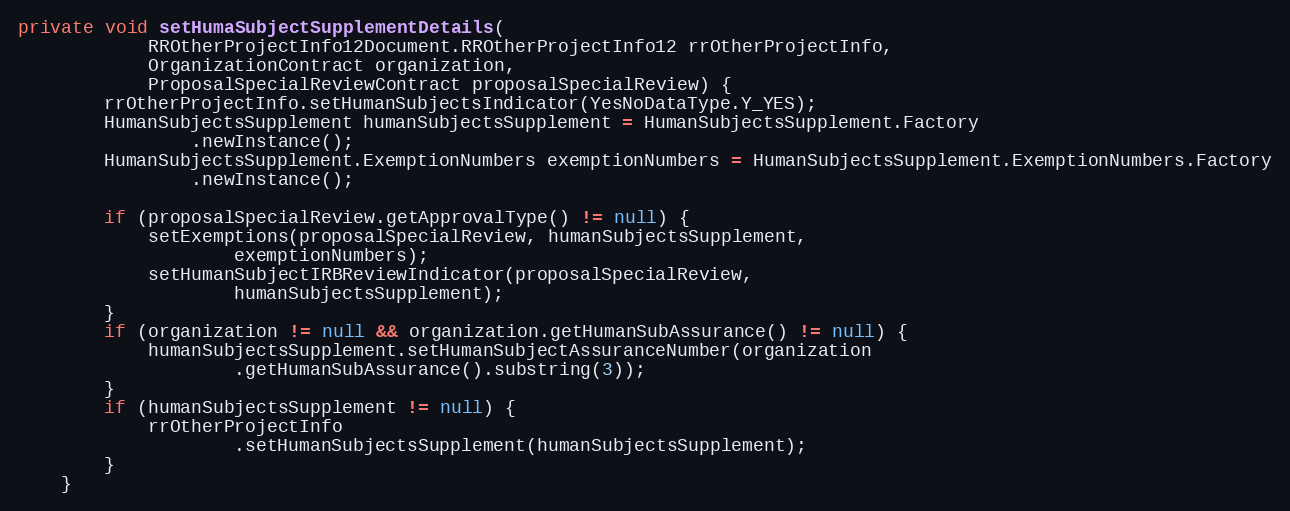
Language: Java
private void setHumaSubjectSupplementDetails(
			RROtherProjectInfo12Document.RROtherProjectInfo12 rrOtherProjectInfo,
			OrganizationContract organization,
			ProposalSpecialReviewContract proposalSpecialReview) {
		rrOtherProjectInfo.setHumanSubjectsIndicator(YesNoDataType.Y_YES);
		HumanSubjectsSupplement humanSubjectsSupplement = HumanSubjectsSupplement.Factory
				.newInstance();
		HumanSubjectsSupplement.ExemptionNumbers exemptionNumbers = HumanSubjectsSupplement.ExemptionNumbers.Factory
				.newInstance();

		if (proposalSpecialReview.getApprovalType() != null) {
			setExemptions(proposalSpecialReview, humanSubjectsSupplement,
					exemptionNumbers);
			setHumanSubjectIRBReviewIndicator(proposalSpecialReview,
					humanSubjectsSupplement);
		}
		if (organization != null && organization.getHumanSubAssurance() != null) {
			humanSubjectsSupplement.setHumanSubjectAssuranceNumber(organization
					.getHumanSubAssurance().substring(3));
		}
		if (humanSubjectsSupplement != null) {
			rrOtherProjectInfo
					.setHumanSubjectsSupplement(humanSubjectsSupplement);
		}
	}